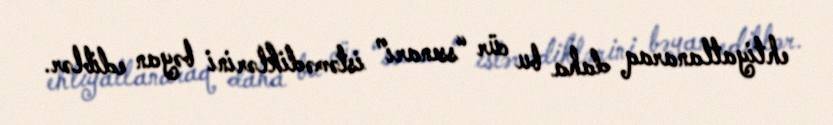
ehtiyatlanaraq daha bu cür “ssenari” istəmədiklərini bəyan ediblər.